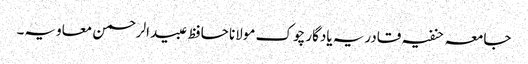
جامعہ حنفیہ قادریہ یادگار چوک مولانا حافظ عبیدالرحمن معاویہ۔